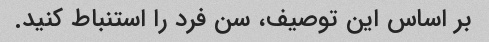
بر اساس این توصیف، سن فرد را استنباط کنید.